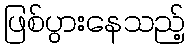
ဖြစ်ပွားနေသည့်